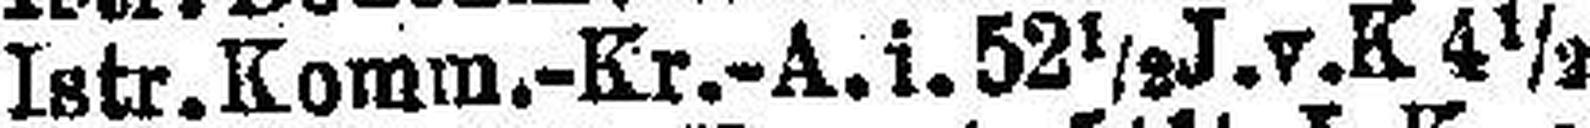
Istr. Komm.-Kr.-A. i. 52½ J. v. K 4½